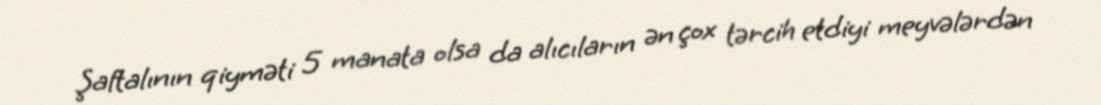
Şaftalının qiyməti 5 manata olsa da alıcıların ən çox tərcih etdiyi meyvələrdən